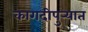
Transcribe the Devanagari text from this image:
कागदीपुर्‍यात